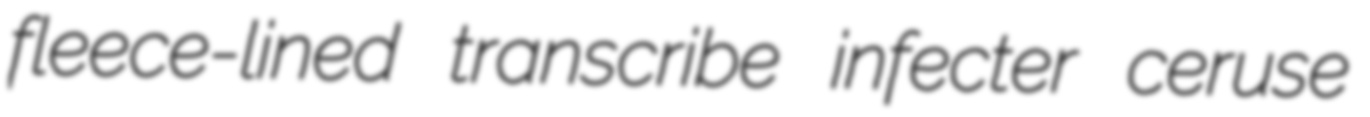
fleece-lined transcribe infecter ceruse